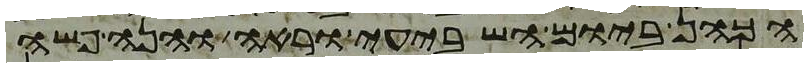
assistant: הכהן ביום השביעי וראה והנה פשה